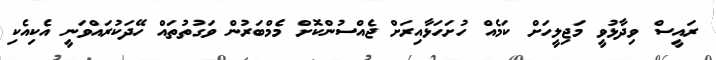
ރައީސް ވިދާޅުވީ މަޖިލީހަށް ކަމެއް ހުށަހަޅާއިރަށް ޖެއްސުންކޮށް މެމްބަރުން ވަގުތުތައް ހޭދަކުރައްވަނީ އެކިއެކި